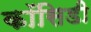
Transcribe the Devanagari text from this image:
कॉसिडी